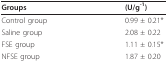
| Groups | (U/g-1) |
 | --- | --- |
 | Control group | 0.99 ± 0.21* |
 | Saline group | 2.08 ± 0.22 |
 | FSE group | 1.11 ± 0.15* |
 | NFSE group | 1.87 ± 0.20 |